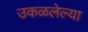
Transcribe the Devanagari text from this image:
उकळलेल्या